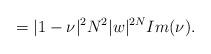
LaTeX: \begin{align*}=|1-\nu|^2N^2|w|^{2N}Im(\nu).\end{align*}